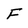
Character: F